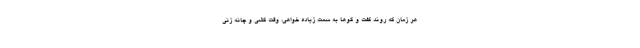
هر زمان که روند گفت و گوها به سمت زیاده خواهی، وقت کشی و چانه زنی